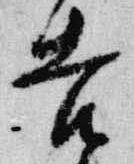
吉